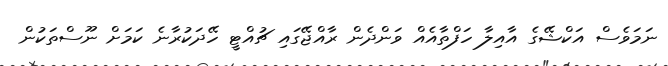
ނަމަވެސް އަކްޝޭގެ އާއިލާ ހަފްތާއެއް ވަންދެން ރާއްޖޭގައި ޗުއްޓީ ހޭދަކުރާނެ ކަމަށް ނޫސްތަކުން